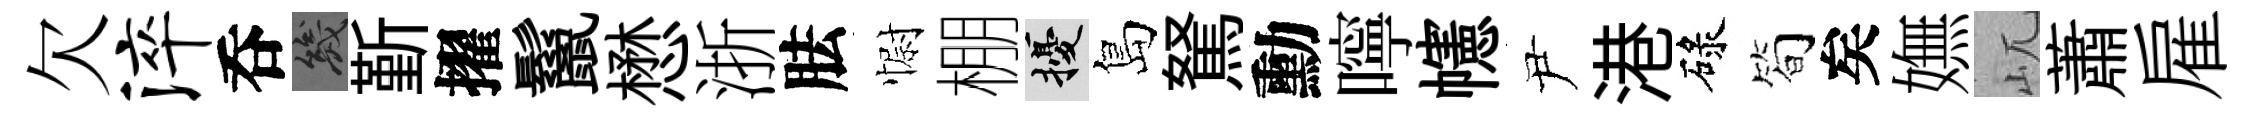
欠淬呑幾斳擢鬣懋浙胠𢠢棚擾島駑勳嚀幰尹港碌简矣嫵屼蕭雇